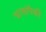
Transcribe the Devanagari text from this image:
त्रासांपैकी